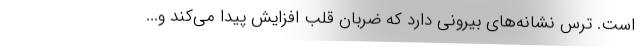
است. ترس نشانه‌های بیرونی دارد که ضربان قلب افزایش پیدا می‌کند و...